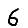
Digit: 6